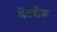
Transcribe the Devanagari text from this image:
मेंटवोक